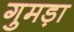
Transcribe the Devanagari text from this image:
गुमड़ा